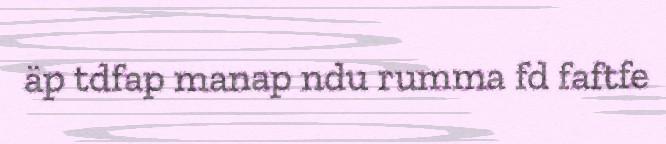
äp tdfap manap ndu rumma fd faftfe